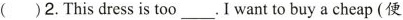
( )2.This dress is too___.I want to buy a cheap(便